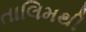
તાલિમથી